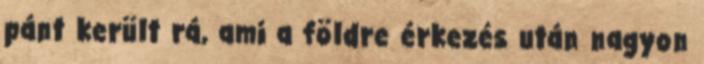
pánt került rá, ami a földre érkezés után nagyon